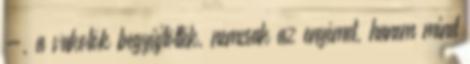
-, a vakolók begyűjtötték, nemcsak az e­nyémet, hanem mind